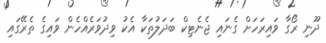
ދޫނި ރޯގާ ވައިރަހަށް ގެނައި ޖެނެޓިކް ބަދަލުތަކާ އެކު ވިދުވަރެއްހެން ވައިގެ ތެރޭގައި